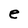
Character: e